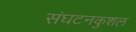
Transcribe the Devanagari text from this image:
संघटनकुशल